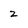
Character: 2